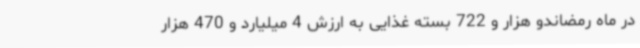
در ماه رمضاندو هزار و 722 بسته غذایی به ارزش 4 میلیارد و 470 هزار